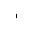
Letter: _alif